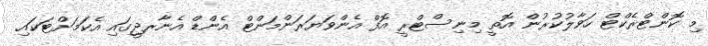
މި ކޮންޓްރެކްޓް ހަވާލުކުރުން އޮތީ މިނިސްޓްރީ އޮފް އެންވަޔަރަންމަންޓް އެންޑް އެނާރޖީގައި އެކަމަށްޓަކައި